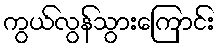
ကွယ်လွန်သွားကြောင်း